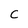
Character: C